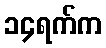
၁၄ရက်က